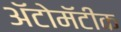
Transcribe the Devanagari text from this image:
ॲटोमॅटीक